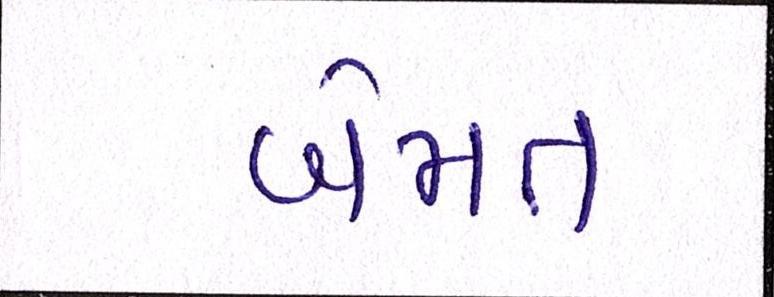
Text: બેમત